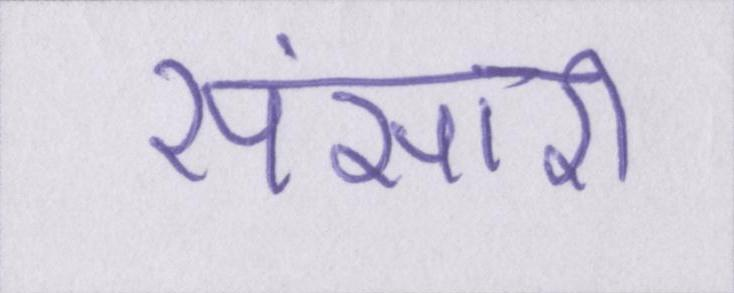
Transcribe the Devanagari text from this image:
संसारी